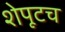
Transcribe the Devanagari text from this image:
शेपूटच